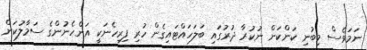
ނަމަވެސް މިބުނި ކަންކަން ނުކުރާ ދުރުގައި ބަލަހައްޓައިގެން ހުރި ފިރިހެނަކީ އަންހެނުންގެ ސަމާލުކަން